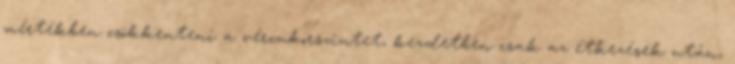
mértékben csökkenteni a vércukorszintet, kezdetben csak az étkezések után,